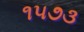
૧૫૭૩